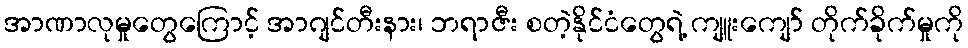
အာဏာလုမှုတွေကြောင့် အာဂျင်တီးနား၊ ဘရာဇီး စတဲ့နိုင်ငံတွေရဲ့ ကျူးကျော် တိုက်ခိုက်မှုကို